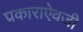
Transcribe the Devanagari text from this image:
प्रकाराऐवजी